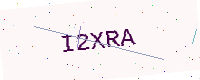
Text: I2XRA